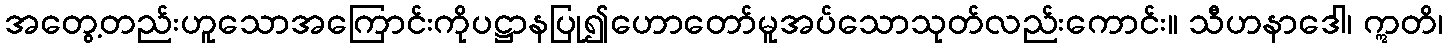
အတွေ့တည်းဟူသောအကြောင်းကိုပဋ္ဌာနပြု၍ဟောတော်မူအပ်သောသုတ်လည်းကောင်း။ သီဟနာဒေါ၊ ဣတိ၊